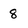
Character: 8